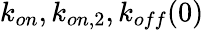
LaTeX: k_{on},k_{on,2},k_{off}(0)